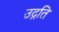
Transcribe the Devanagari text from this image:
उद्गति